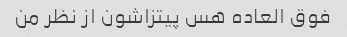
فوق العاده هس پیتزاشون از نظر من